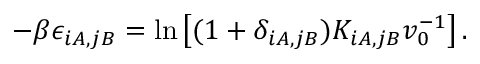
- \beta \epsilon _ { i A , j B } = \ln \left[ ( 1 + \delta _ { i A , j B } ) K _ { i A , j B } v _ { 0 } ^ { - 1 } \right] .